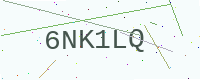
Text: 6NK1LQ